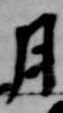
月